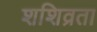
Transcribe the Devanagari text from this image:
शशिव्रता